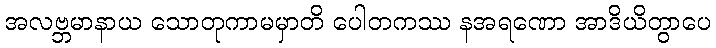
အလဗ္ဘမာနာယ သောတုကာမမှာတိ ပေါတကဿ နအရဏော အာဒိယိတွာပေ